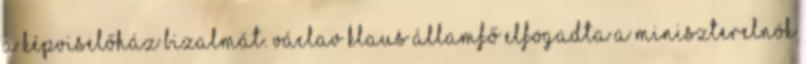
a képviselőház bizalmát. Václav Klaus államfő elfogadta a miniszterelnök